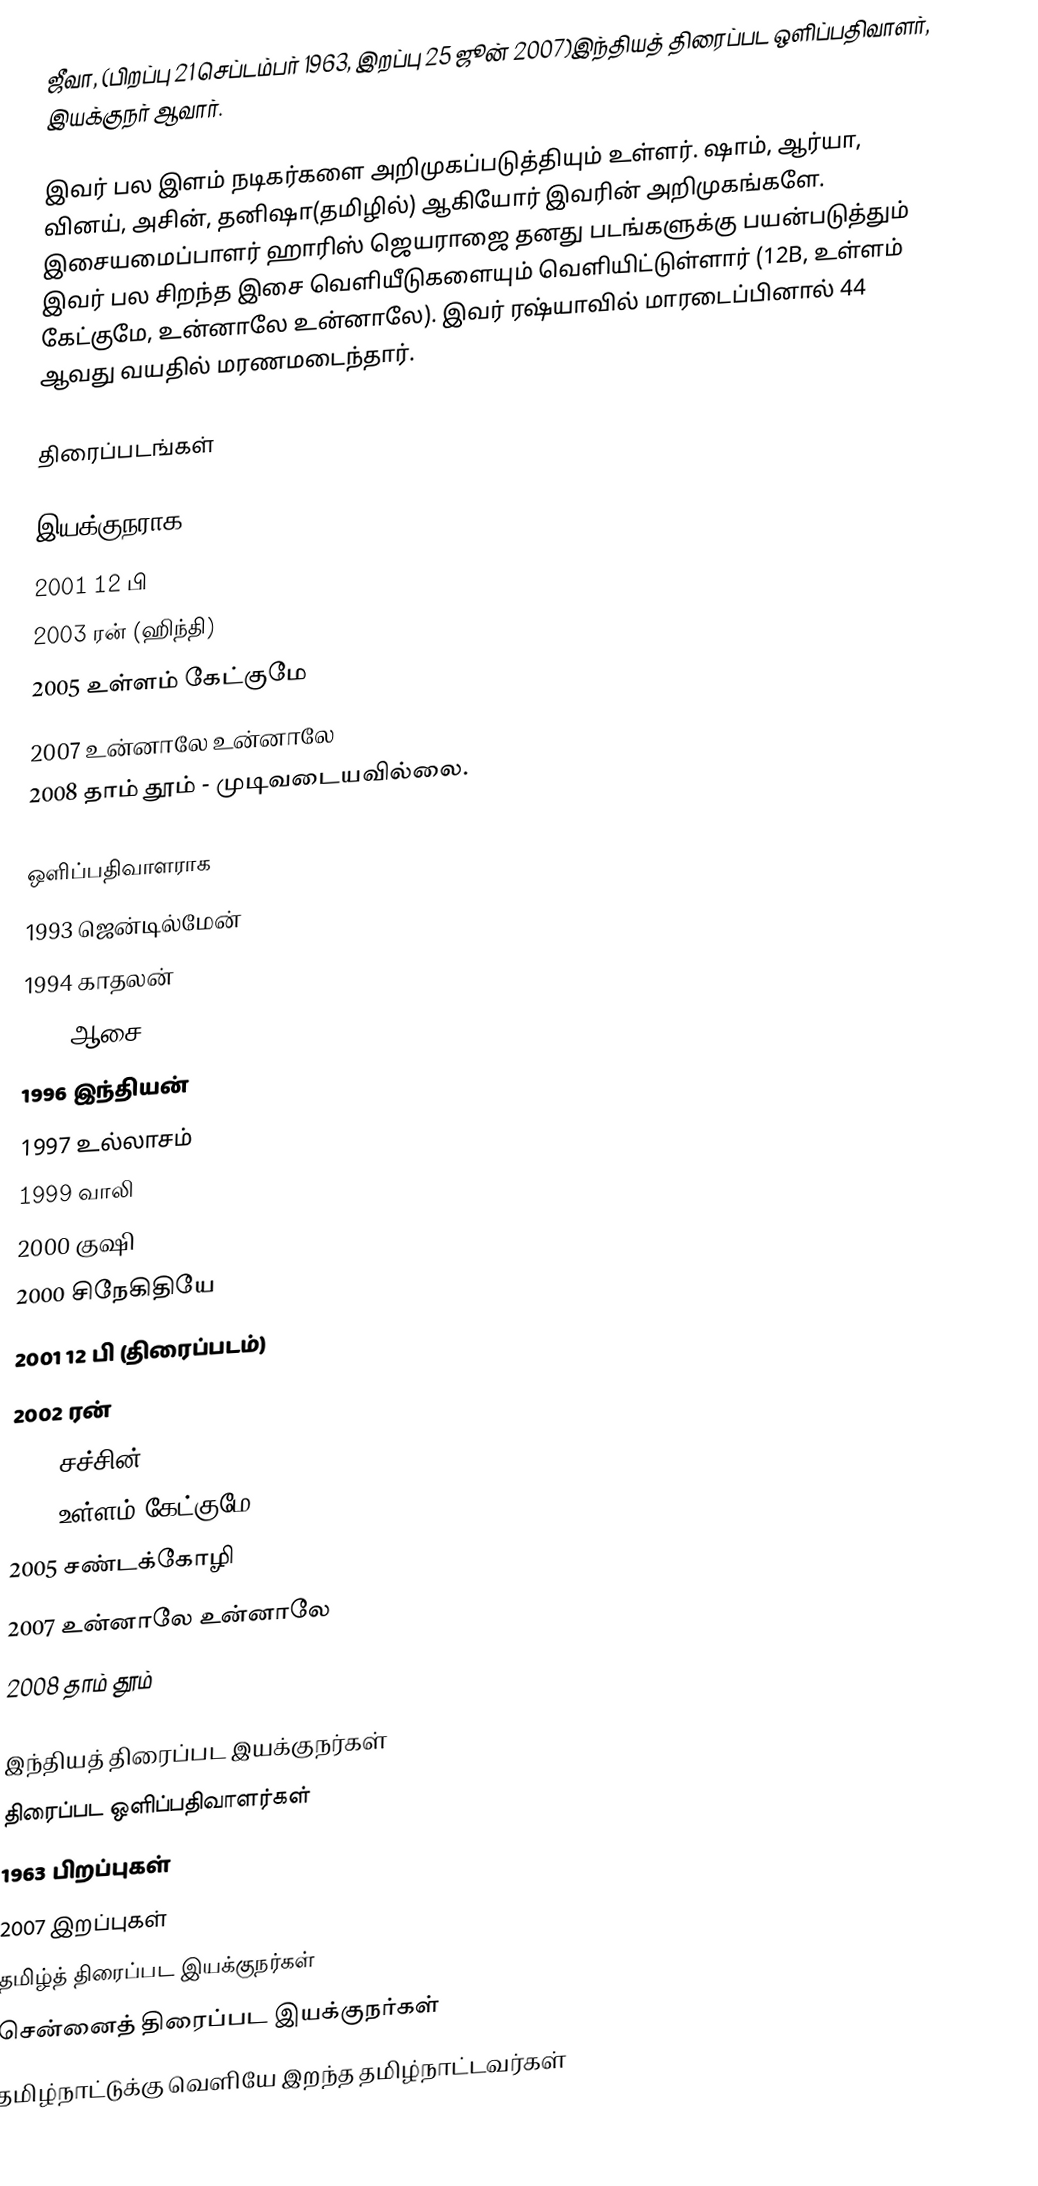
ஜீவா, (பிறப்பு 21 செப்டம்பர் 1963, இறப்பு 25 ஜூன் 2007)இந்தியத் திரைப்பட ஒளிப்பதிவாளர், இயக்குநர் ஆவார்.

இவர் பல இளம் நடிகர்களை அறிமுகப்படுத்தியும் உள்ளர். ஷாம், ஆர்யா, வினய், அசின், தனிஷா(தமிழில்) ஆகியோர் இவரின் அறிமுகங்களே. இசையமைப்பாளர் ஹாரிஸ் ஜெயராஜை தனது படங்களுக்கு பயன்படுத்தும் இவர் பல சிறந்த இசை வெளியீடுகளையும் வெளியிட்டுள்ளார் (12B, உள்ளம் கேட்குமே, உன்னாலே உன்னாலே). இவர் ரஷ்யாவில் மாரடைப்பினால் 44 ஆவது வயதில் மரணமடைந்தார்.

திரைப்படங்கள்

இயக்குநராக
 2001 12 பி
 2003 ரன் (ஹிந்தி)
 2005 உள்ளம் கேட்குமே
 2007 உன்னாலே உன்னாலே
 2008 தாம் தூம் - முடிவடையவில்லை.

ஒளிப்பதிவாளராக
 1993 ஜென்டில்மேன்
 1994 காதலன்
 1995 ஆசை
 1996 இந்தியன்
 1997 உல்லாசம்
 1999 வாலி
 2000 குஷி
 2000 சிநேகிதியே
 2001 12 பி (திரைப்படம்)
 2002 ரன்
 2005 சச்சின்
 2005 உள்ளம் கேட்குமே
 2005 சண்டக்கோழி
 2007 உன்னாலே உன்னாலே
 2008 தாம் தூம்

இந்தியத் திரைப்பட இயக்குநர்கள்
திரைப்பட ஒளிப்பதிவாளர்கள்
1963 பிறப்புகள்
2007 இறப்புகள்
தமிழ்த் திரைப்பட இயக்குநர்கள்
சென்னைத் திரைப்பட இயக்குநர்கள்
தமிழ்நாட்டுக்கு வெளியே இறந்த தமிழ்நாட்டவர்கள்